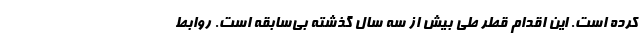
کرده است. این اقدام قطر طی بیش از سه سال گذشته بی‌سابقه است. روابط